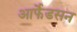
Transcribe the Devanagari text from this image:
आर्फेडसन